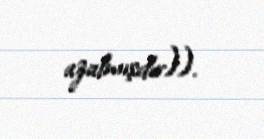
azalmışdır)).